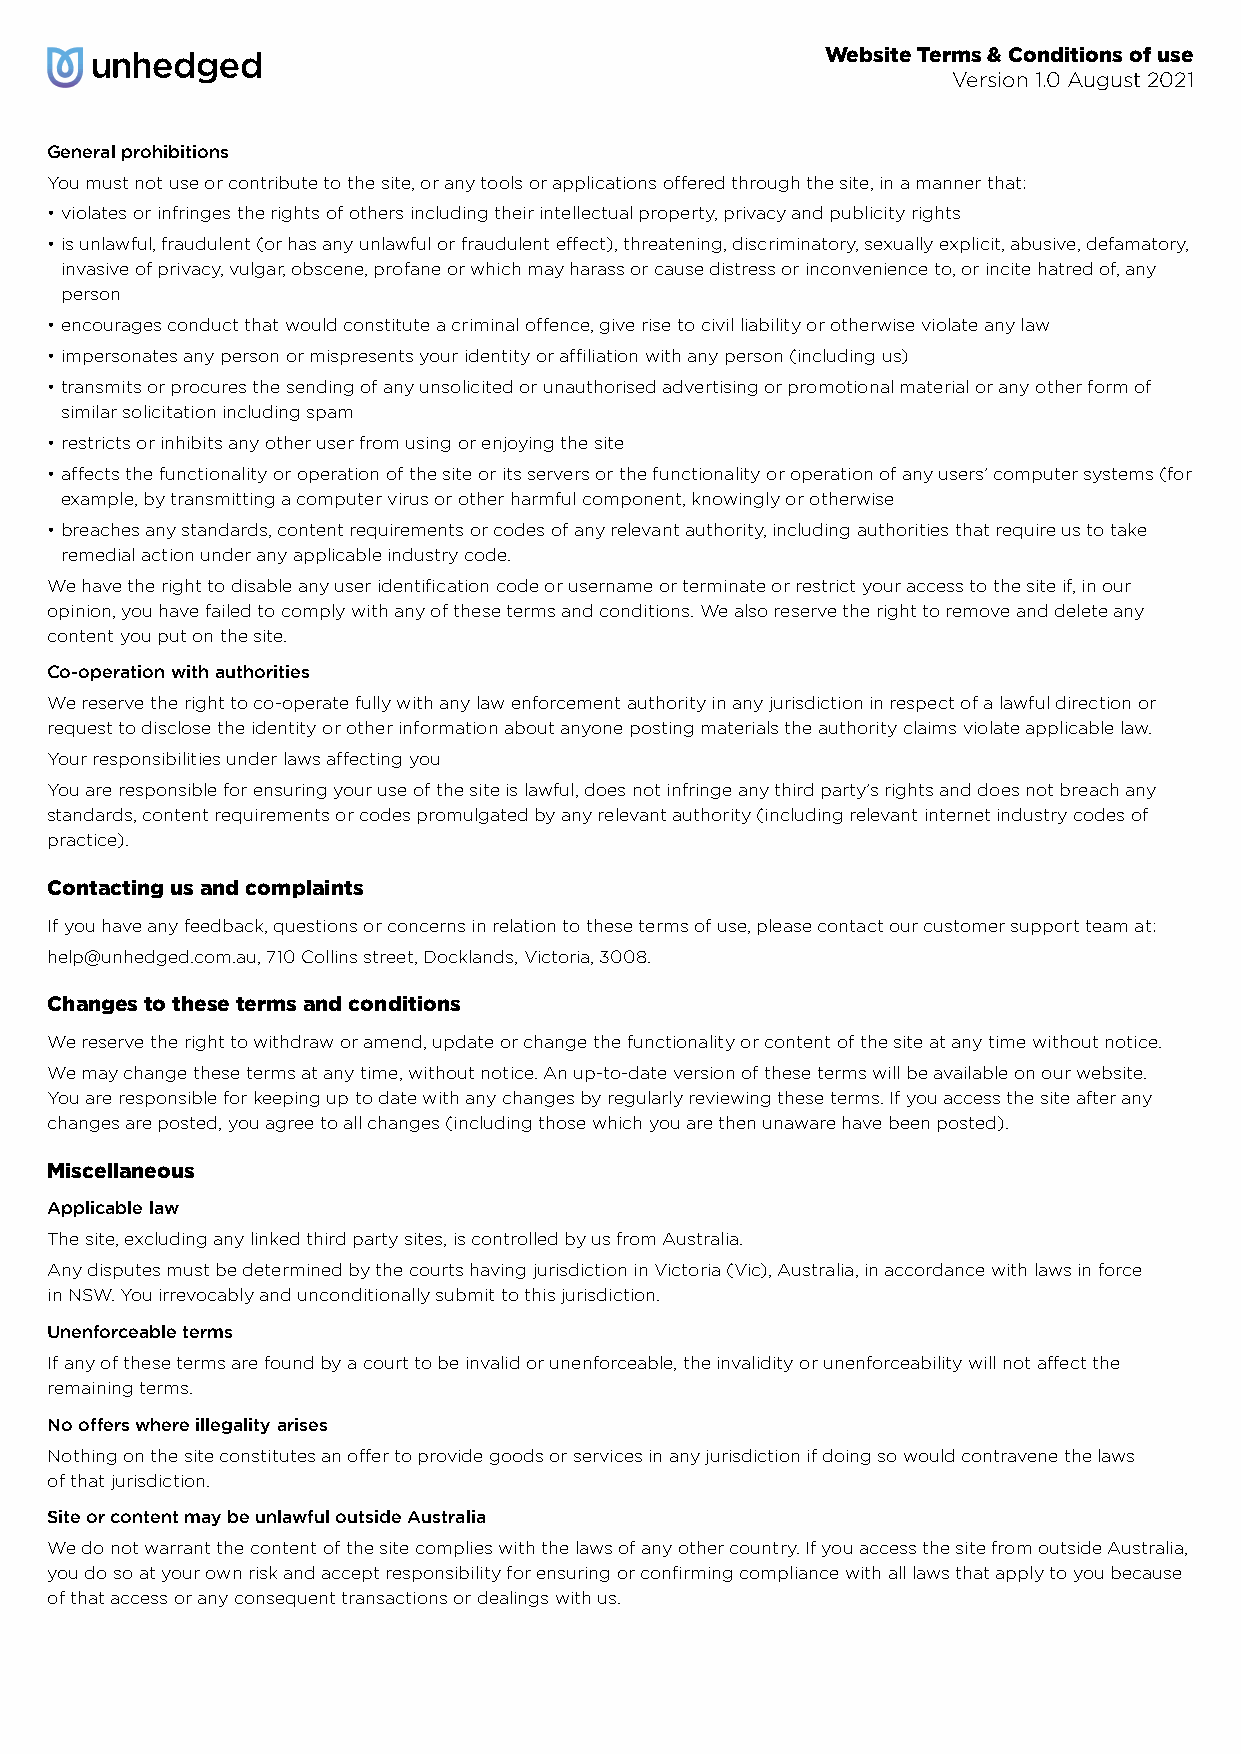
Website Terms & Conditions of use
 Version 1.0 August 2021
 General prohibitions
 You must not use or contribute to the site, or any tools or applications offered through the site, in a manner that:
 • violates or infringes the rights of others including their intellectual property, privacy and publicity rights
 • is unlawful, fraudulent (or has any unlawful or fraudulent effect), threatening, discriminatory, sexually explicit, abusive, defamatory,
 invasive of privacy, vulgar, obscene, profane or which may harass or cause distress or inconvenience to, or incite hatred of, any
 person
 • encourages conduct that would constitute a criminal offence, give rise to civil liability or otherwise violate any law
 • impersonates any person or mispresents your identity or affiliation with any person (including us)
 • transmits or procures the sending of any unsolicited or unauthorised advertising or promotional material or any other form of
 similar solicitation including spam
 • restricts or inhibits any other user from using or enjoying the site
 • affects the functionality or operation of the site or its servers or the functionality or operation of any users’ computer systems (for
 example, by transmitting a computer virus or other harmful component, knowingly or otherwise
 • breaches any standards, content requirements or codes of any relevant authority, including authorities that require us to take
 remedial action under any applicable industry code.
 We have the right to disable any user identification code or username or terminate or restrict your access to the site if, in our
 opinion, you have failed to comply with any of these terms and conditions. We also reserve the right to remove and delete any
 content you put on the site.
 Co-operation with authorities
 We reserve the right to co-operate fully with any law enforcement authority in any jurisdiction in respect of a lawful direction or
 request to disclose the identity or other information about anyone posting materials the authority claims violate applicable law.
 Your responsibilities under laws affecting you
 You are responsible for ensuring your use of the site is lawful, does not infringe any third party’s rights and does not breach any
 standards, content requirements or codes promulgated by any relevant authority (including relevant internet industry codes of
 practice).
 Contacting us and complaints
 If you have any feedback, questions or concerns in relation to these terms of use, please contact our customer support team at:
 help@unhedged.com.au, 710 Collins street, Docklands, Victoria, 3008.
 Changes to these terms and conditions
 We reserve the right to withdraw or amend, update or change the functionality or content of the site at any time without notice.
 We may change these terms at any time, without notice. An up-to-date version of these terms will be available on our website.
 You are responsible for keeping up to date with any changes by regularly reviewing these terms. If you access the site after any
 changes are posted, you agree to all changes (including those which you are then unaware have been posted).
 Miscellaneous
 Applicable law
 The site, excluding any linked third party sites, is controlled by us from Australia.
 Any disputes must be determined by the courts having jurisdiction in Victoria (Vic), Australia, in accordance with laws in force
 in NSW. You irrevocably and unconditionally submit to this jurisdiction.
 Unenforceable terms
 If any of these terms are found by a court to be invalid or unenforceable, the invalidity or unenforceability will not affect the
 remaining terms.
 No offers where illegality arises
 Nothing on the site constitutes an offer to provide goods or services in any jurisdiction if doing so would contravene the laws
 of that jurisdiction.
 Site or content may be unlawful outside Australia
 We do not warrant the content of the site complies with the laws of any other country. If you access the site from outside Australia,
 you do so at your own risk and accept responsibility for ensuring or confirming compliance with all laws that apply to you because
 of that access or any consequent transactions or dealings with us.